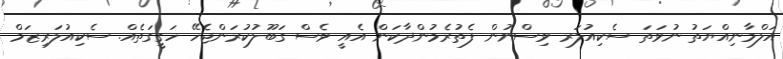
އަލްމާނިއްޔަތު ނުވަތަ ސެކިއުލަރ ވިސްނުން ފެތުރެމުންދާކަން އެއީ ވެސް ގަބޫލުކުރަންޖެހޭ ހަގީގަތެއް. ސެކިއުލަރިޒަމް